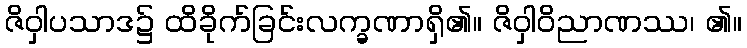
ဇိဝှါပသာဒ၌ ထိခိုက်ခြင်းလက္ခဏာရှိ၏။ ဇိဝှါဝိညာဏဿ၊ ၏။